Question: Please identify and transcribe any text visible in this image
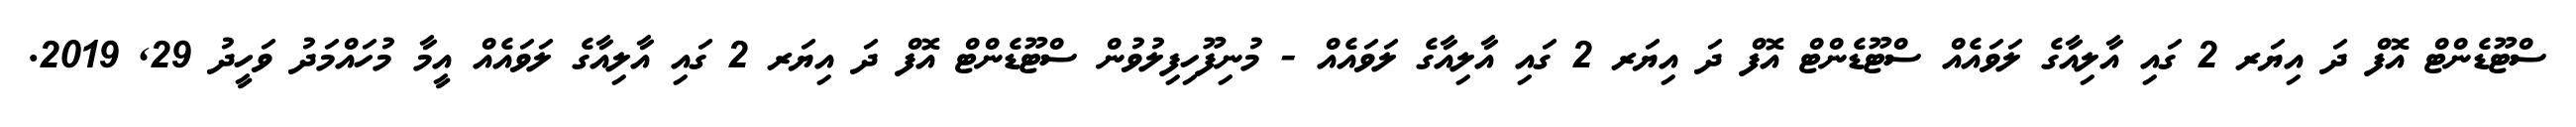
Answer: ސްޓޫޑެންޓް އޮފް ދަ އިޔަރ 2 ގައި އާލިއާގެ ލަވައެއް ސްޓޫޑެންޓް އޮފް ދަ އިޔަރ 2 ގައި އާލިއާގެ ލަވައެއް - މުނިފޫހިފިލުވުން ސްޓޫޑެންޓް އޮފް ދަ އިޔަރ 2 ގައި އާލިއާގެ ލަވައެއް އީމާ މުހައްމަދު ވަހީދު 29, 2019.